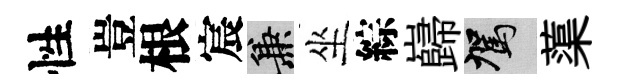
性豈根宸兼坐綜巋駕蕖